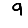
Digit: 9